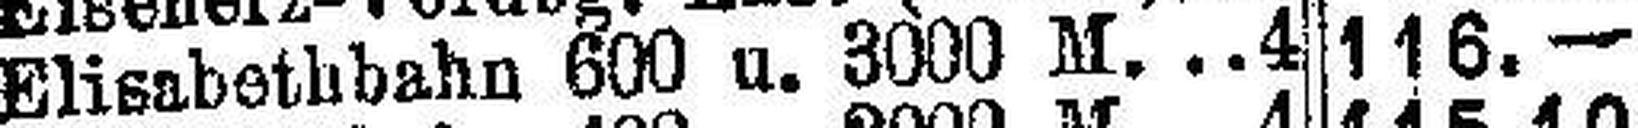
Elisabetbbahn 600 u. 3000 M. 4